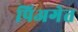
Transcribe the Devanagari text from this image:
पिअगेत